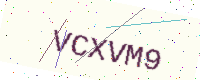
Text: VCXVM9